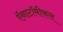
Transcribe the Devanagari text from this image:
ऍनाटॉमीकल